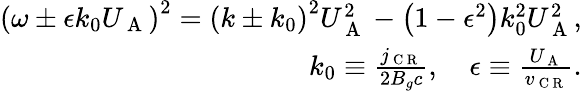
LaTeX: \begin{array}{r}{\left(\omega\pm\epsilon k_{0}U_{\mathrm{~A~}}\right)^{2}=\left(k\pm k_{0}\right)^{2}U_{\mathrm{~A~}}^{2}-\left(1-\epsilon^{2}\right)k_{0}^{2}U_{\mathrm{~A~}}^{2},}\\ {k_{0}\equiv\frac{j_{\mathrm{~C~R~}}}{2B_{g}c},\quad\epsilon\equiv\frac{U_{\mathrm{~A~}}}{v_{\mathrm{~C~R~}}}.}\end{array}